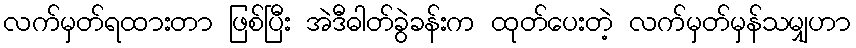
လက်မှတ်ရထားတာ ဖြစ်ပြီး အဲဒီဓါတ်ခွဲခန်းက ထုတ်ပေးတဲ့ လက်မှတ်မှန်သမျှဟာ